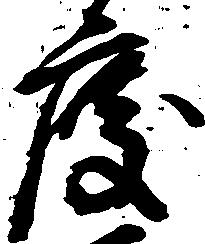
度